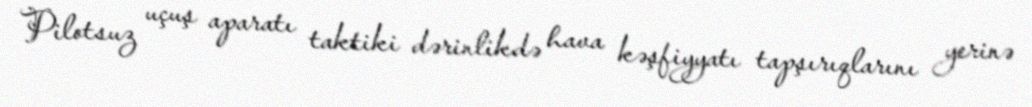
Pilotsuz uçuş aparatı taktiki dərinlikdə hava kəşfiyyatı tapşırıqlarını yerinə